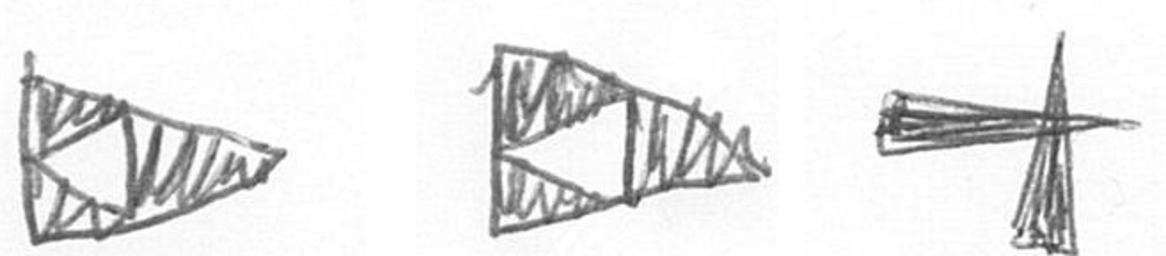
K K G